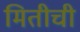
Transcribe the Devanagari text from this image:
मितीची